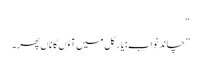
“
”چاند نواب: یار کل میں آؤں گا ناں پھر۔